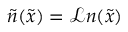
\tilde { n } ( \tilde { x } ) = \mathcal { L } n ( \tilde { x } )